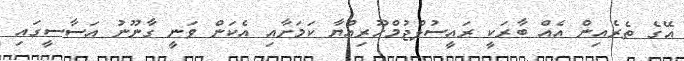
އޭގެ ތެރެއިން އެއް ބާރަކީ ރައީސުލްޖުމްހޫރިއްޔާ ކަމަށާއި އެކަން ވަނީ ގާނޫނު އަސާސީގައި